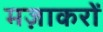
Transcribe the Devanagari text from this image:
मज़ाकरों